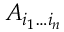
A _ { i _ { 1 } \dots i _ { n } }